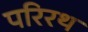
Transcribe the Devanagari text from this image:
परिरथ